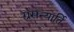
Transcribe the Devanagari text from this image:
ग्रसन्यार्ति